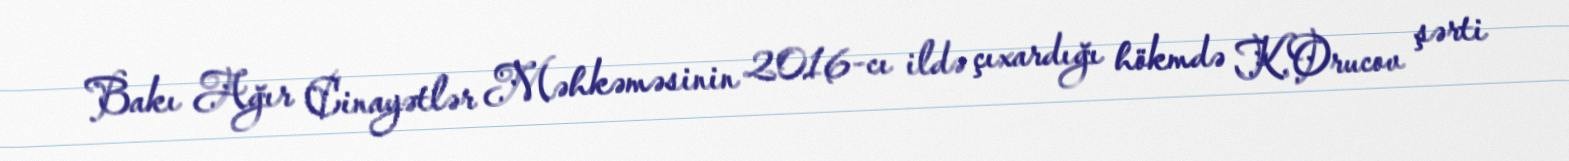
Bakı Ağır Cinayətlər Məhkəməsinin 2016-cı ildə çıxardığı hökmdə K.Orucov şərti